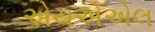
એચએએલ